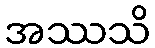
အဿသိ